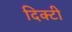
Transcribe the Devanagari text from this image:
दिक्टी